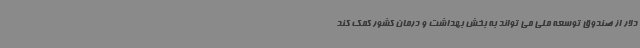
دلار از صندوق توسعه ملی می تواند به بخش بهداشت و درمان کشور کمک کند